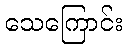
သေကြောင်း